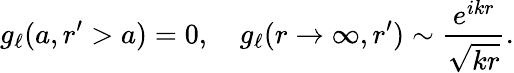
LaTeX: g_{\ell}(a,r^{\prime}>a)=0,\quad g_{\ell}(r\rightarrow\infty,r^{\prime})\sim\frac{e^{ikr}}{\sqrt{kr}}.